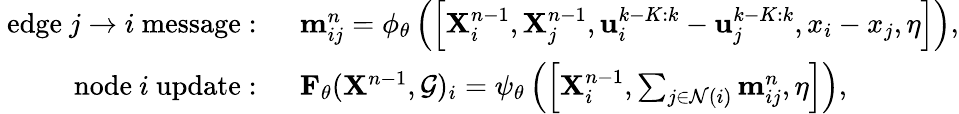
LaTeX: \begin{array}{rlr}{\mathrm{~edge~}j\rightarrow i\mathrm{~message:~}}&{\mathbf{m}_{ij}^{n}=\phi_{\theta}\left(\left[{\mathbf X}_{i}^{n-1},{\mathbf X}_{j}^{n-1},\mathbf{u}_{i}^{k-K:k}-\mathbf{u}_{j}^{k-K:k},x_{i}-x_{j},\eta\right]\right),}\\ {\mathrm{~node~}i\mathrm{~update:~}}&{\mathbf{F}_{\theta}(\mathbf{X}^{n-1},\mathcal{G})_{i}=\psi_{\theta}\left(\left[{\mathbf X}_{i}^{n-1},\sum_{j\in\mathcal{N}(i)}\mathbf{m}_{ij}^{n},\eta\right]\right),}\end{array}